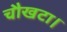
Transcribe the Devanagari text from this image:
चौखटा।